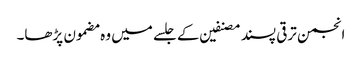
انجمن ترقی پسند مصنفین کے جلسے میں وہ مضمون پڑھا۔